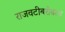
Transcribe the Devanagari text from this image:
राजवटीबरोबरच